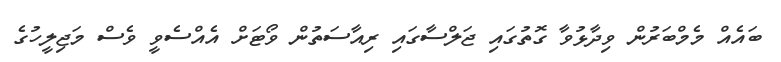
ބައެއް މެމްބަރުން ވިދާޅުވާ ގޮތުގައި ޖަލްސާގައި ރިއާސަތުން ވޯޓަށް އެއްސެވީ ވެސް މަޖިލީހުގެ